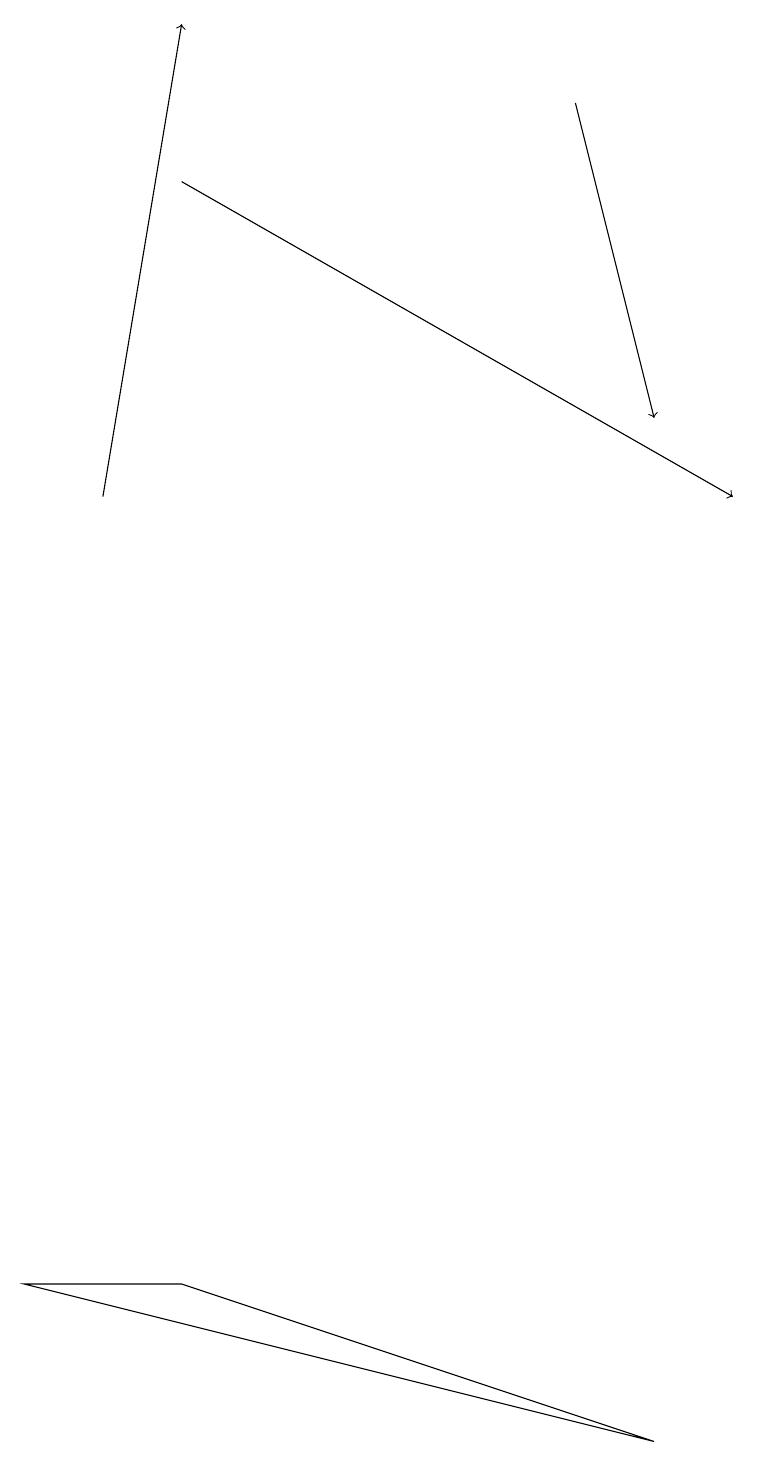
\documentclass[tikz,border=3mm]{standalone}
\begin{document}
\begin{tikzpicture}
\draw[->] (1,12) -- (2,18);
\draw[->] (7,17) -- (8,13);
\draw (8,0) -- (0,2) -- (2,2) -- cycle;
\draw[->] (2,16) -- (9,12);
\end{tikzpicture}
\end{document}